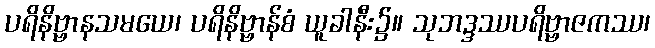
ပရိနိဗ္ဗာနသမယေ၊ ပရိနိဗ္ဗာန်စံ ယူခါနီး၌။ သုဘဒ္ဒဿပရိဗ္ဗာဇကဿ၊